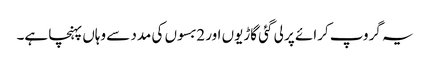
یہ گروپ کرائے پر لی گئی گاڑیوں اور 2بسوں کی مدد سے وہاں پہنچا ہے۔